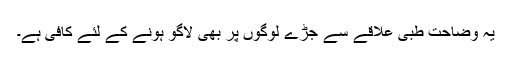
یہ وضاحت طبی علاقے سے جُڑے لوگوں پر بھی لاگو ہونے کے لئے کافی ہے۔